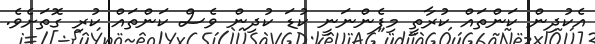
އެކުދިން ކަންތައް ކުރާތީ މިފެންނަނީ ކުޑަ ކުދިން ވެސް ކަންތައް ކުރި ގޮތަށެވެ.